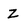
Character: z